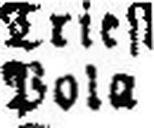
Pola